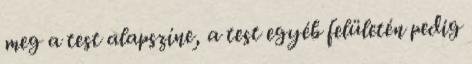
meg a test alapszíne, a test egyéb felületén pedig